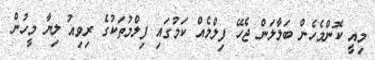
މިއީ ކޮންމެހެން ބަލާލަން ޖެހޭ ފިލްމެއް ކަމުގައި ފިލްމުތަކުގެ ރިވިއު ލިޔާ މީހުން